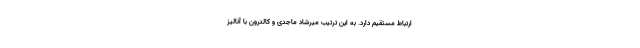
ارتباط مستقیم دارد. به این ترتیب میرشاد ماجدی و کالدرون با آنالیز